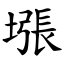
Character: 㙣